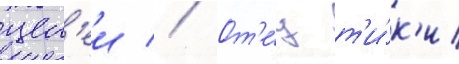
цел'еи // От'е́ц т'и́к'и